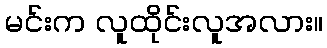
မင်းက လူထိုင်းလူအလား။